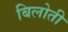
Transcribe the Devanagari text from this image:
बिलोती